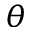
\theta